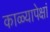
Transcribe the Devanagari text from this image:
काळ्यापेक्षां